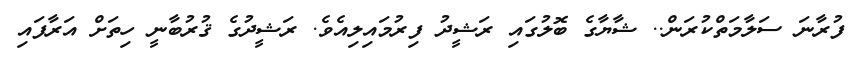
ފުރާނަ ސަލާމަތްކުރަން.. ޝާޔާގެ ބޮލުގައި ރަޝީދު ފިރުމައިލިއެވެ. ރަޝީދުގެ ޤުރުބާނީ ހިތަށް އަރާފައި